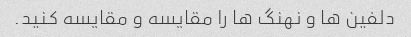
دلفین ها و نهنگ ها را مقایسه و مقایسه کنید.